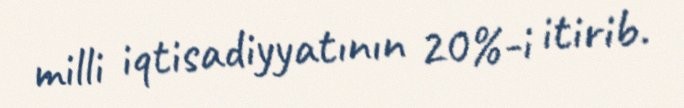
milli iqtisadiyyatının 20%-i itirib.